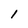
Character: 1